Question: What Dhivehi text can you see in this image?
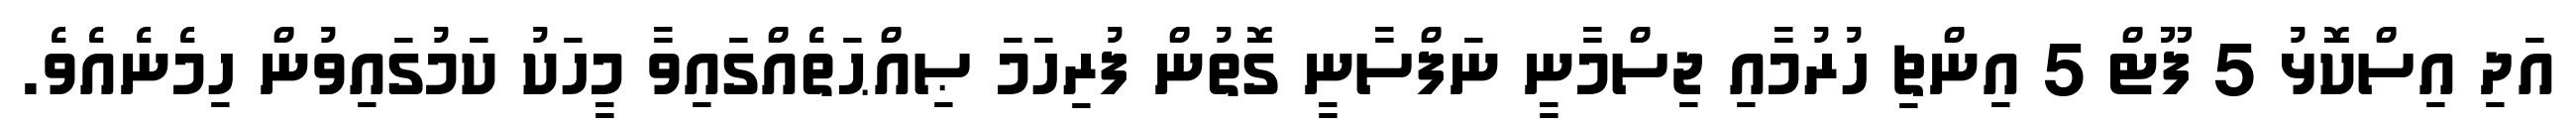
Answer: އަދި އިސްކޮޅު 5 ފޫޓް 5 އިންޗި ހުރުމާއި ޖިސްމާނީ ނަފްސާނީ ގޮތުން ފުރިހަމަ ޞިއްޙަތެއްގައިވާ މީހަކު ކަމުގައިވުން ހިމެނެއެވެ.